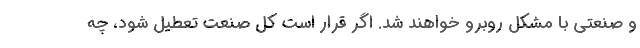
و صنعتی با مشکل روبرو خواهند شد. اگر قرار است کل صنعت تعطیل شود، چه